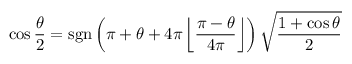
\cos { \frac { \theta } { 2 } } = \operatorname { s g n } \left( \pi + \theta + 4 \pi \left\lfloor { \frac { \pi - \theta } { 4 \pi } } \right\rfloor \right) { \sqrt { \frac { 1 + \cos \theta } { 2 } } }